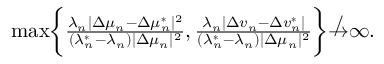
\begin{array} { r } { \operatorname* { m a x } \biggr \{ \frac { \lambda _ { n } | \Delta \mu _ { n } - \Delta \mu _ { n } ^ { * } | ^ { 2 } } { ( \lambda _ { n } ^ { * } - \lambda _ { n } ) | \Delta \mu _ { n } | ^ { 2 } } , \frac { \lambda _ { n } | \Delta v _ { n } - \Delta v _ { n } ^ { * } | } { ( \lambda _ { n } ^ { * } - \lambda _ { n } ) | \Delta \mu _ { n } | ^ { 2 } } \biggr \} \not \to \infty . } \end{array}